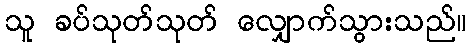
သူ ခပ်သုတ်သုတ် လျှောက်သွားသည်။